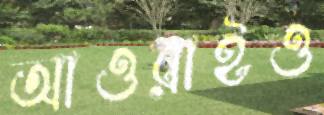
আওরাইও